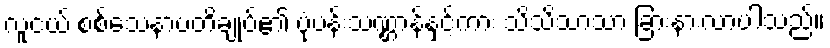
လူငယ် စစ်သေနာပတိချုပ်၏ ပုံပန်းသဏ္ဌာန်နှင့်ကား သိသိသာသာ ခြားနားလာပါသည်။